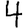
Digit: 4